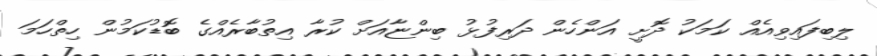
ލިބިފައިވިއެއް ކަމަކު ދޮށީ އަންހެން ދަރިފުޅު ބިންޏާއަށް ކުރާ އިތުބާރެއްގެ ބޮޑުކަމުން ހިތްހަމަ